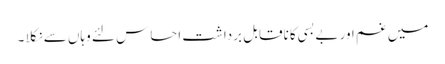
میں غم اور بے بسی کا ناقابل برداشت احساس لئے وہاں سے نکلا ۔